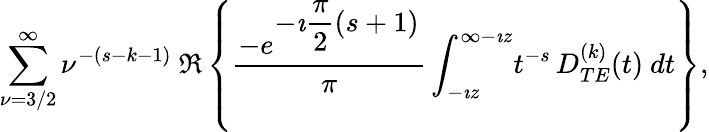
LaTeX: \begin{array}{c}{{\displaystyle{\sum_{\nu=3/2}^{\infty}\nu^{-(s-k-1)}}\ \Re\left\{ \displaystyle{\frac{-e^{\displaystyle{-\imath\frac{\pi}{2}(s+1)}}}{\pi}}\, \displaystyle{\int_{-\imath z}^{\infty-\imath z}}t^{-s}\, \displaystyle{D_{TE}^{(k)}(t)}\ dt\right\} ,}}\end{array}